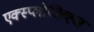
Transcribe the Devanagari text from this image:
एक्स्प्लोजिव्ह्ज